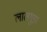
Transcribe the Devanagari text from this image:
लालगुड़ा